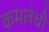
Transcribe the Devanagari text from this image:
कमलेची